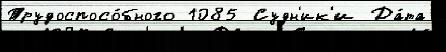
Трудоспосо́бного 1085 Судн'ик'и Да́та